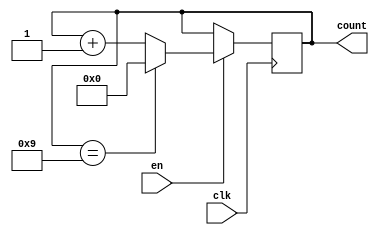
module bcd_up_counter (
    input wire clk,  // Clock input
    input wire en,   // Enable input
    output reg [3:0] count // BCD up counter output
);

always @(posedge clk) begin
    if (en) begin
        if (count == 4'b1001) begin
            count <= 4'b0000;
        end else begin
            count <= count + 4'b0001;
        end
    end
end

endmodule